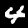
Digit: 4